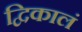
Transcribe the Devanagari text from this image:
द्विकालं